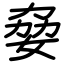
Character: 姭